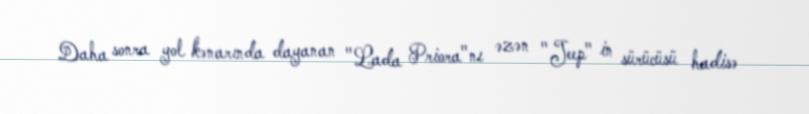
Daha sonra yol kənarında dayanan "Lada Priora"nı əzən "Jeep" in sürücüsü hadisə